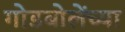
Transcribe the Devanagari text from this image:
गोडबोलेंच्या